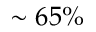
\sim 6 5 \%